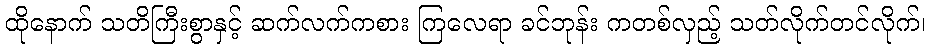
ထိုနောက် သတိကြီးစွာနှင့် ဆက်လက်ကစား ကြလေရာ ခင်ဘုန်း ကတစ်လှည့် သတ်လိုက်တင်လိုက်၊